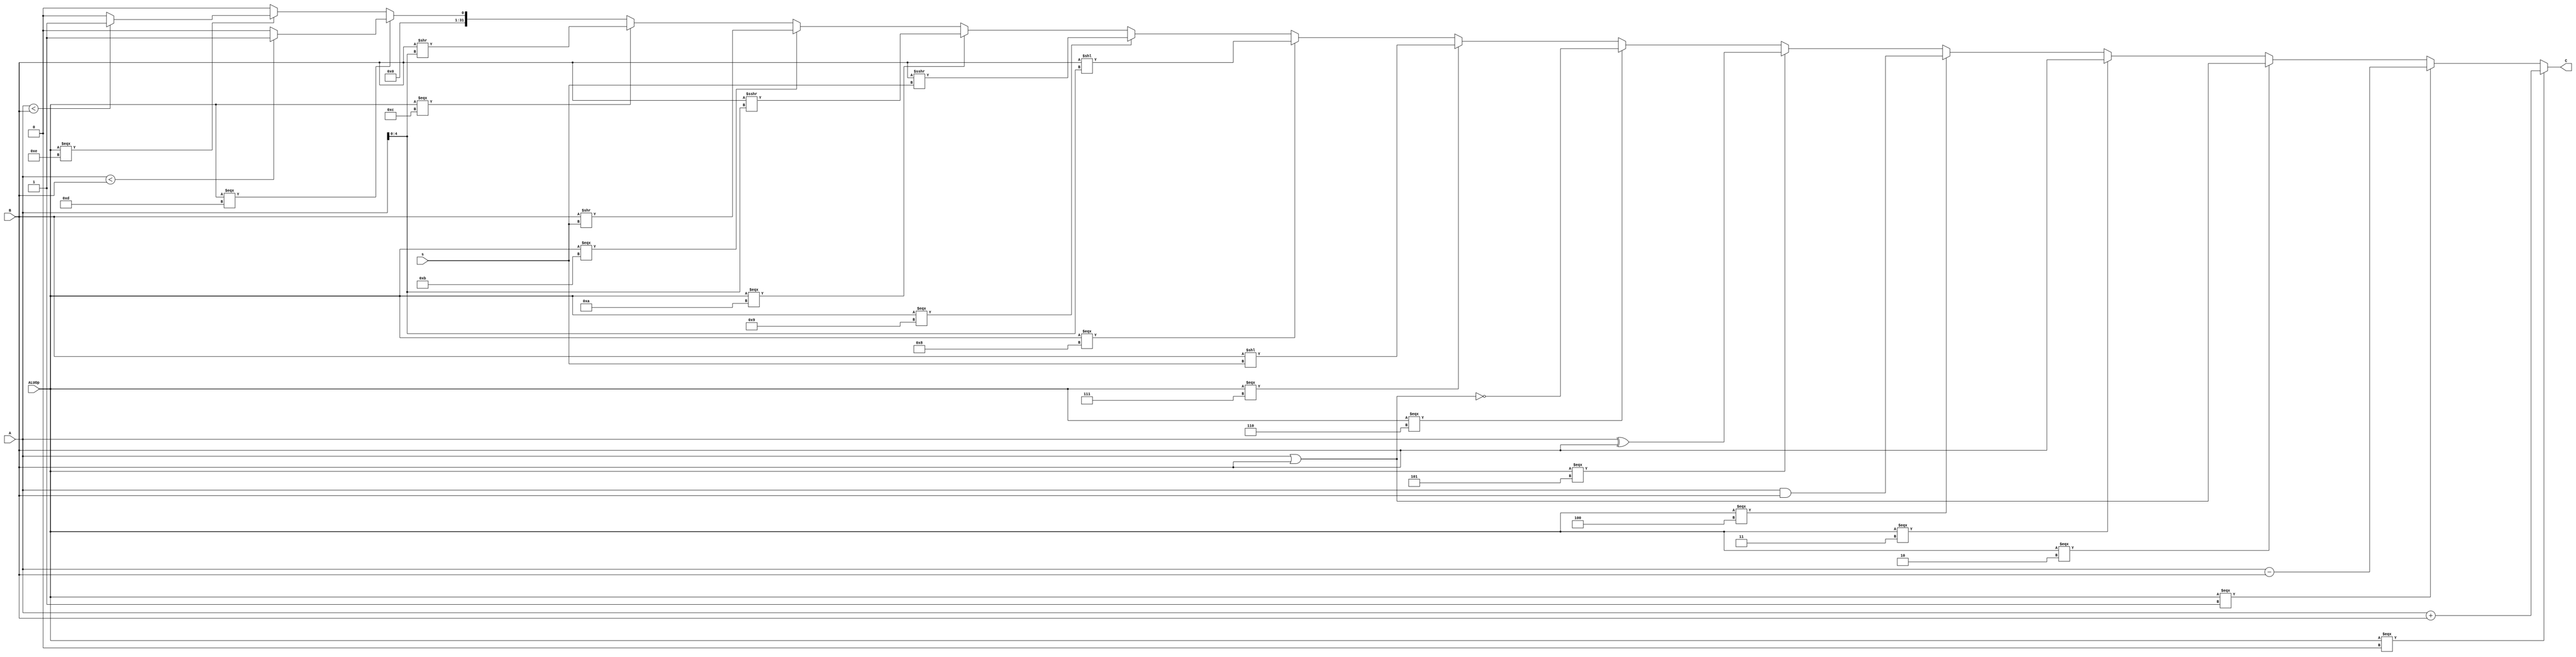
`timescale 1ns / 1ps
//////////////////////////////////////////////////////////////////////////////////
// Company: 
// Engineer: 
// 
// Design Name: 
// Module Name:    ALU 
// Project Name: 
// Target Devices: 
// Tool versions: 
// Description: 
//
// Dependencies: 
//
// Revision: 
// Revision 0.01 - File Created
// Additional Comments: 
//
//////////////////////////////////////////////////////////////////////////////////
module ALU(
    input [4:0] s,
	 input [31:0] A,
    input [31:0] B,
    input [3:0] ALUOp,
    output [31:0] C
    );
	 
	 assign C = 
		(ALUOp === 0)?(A+B):
		(ALUOp === 1)?(A-B):
		(ALUOp === 2)?(A|B):
		(ALUOp === 3)?B:
		(ALUOp === 4)?(A&B):
		(ALUOp === 5)?(A^B):
		(ALUOp === 6)?(~(A|B)):
		(ALUOp === 7)?(B<<s):
		(ALUOp === 8)?(B<<A[4:0]):
		(ALUOp === 9)?($signed(($signed(B))>>>s)):
		(ALUOp === 10)?($signed(($signed(B))>>>A[4:0])):
		(ALUOp === 11)?(B>>s):
		(ALUOp === 12)?(B>>A[4:0]):
		(ALUOp === 13)?((($signed(A))<($signed(B)))?1:0):
		(ALUOp === 14)?((A<B)?1:0):0;
		

endmodule